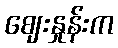
ဈေးနှုန်းက